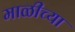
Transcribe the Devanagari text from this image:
माळीच्या